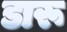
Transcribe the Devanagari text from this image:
डारू